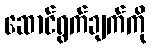
ဆောင်ရွက်ချက်ကို